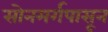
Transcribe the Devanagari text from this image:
सोनमर्गपासून